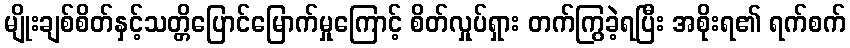
မျိုးချစ်စိတ်နှင့်သတ္တိပြောင်မြောက်မှုကြောင့် စိတ်လှုပ်ရှား တက်ကြွခဲ့ရပြီး အစိုးရ၏ ရက်စက်